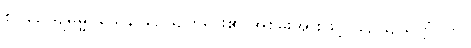
စွ။ ဉေယျဓမ္မဝသေန၊ ဉေယျတရား၏ အစွမ်းအားဖြင့်။ ဉေယျသုတ္တံ၊ ကို။